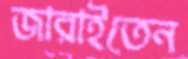
জারাইতেন